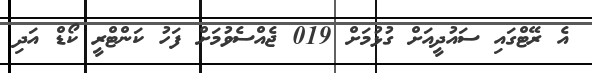
އެ ރޭޓްގައި ސައުދީއަށް ގުޅުމަށް 019 ޖެއްސެވުމަށް ފަހު ކަންޓްރީ ކޯޑް އަދި